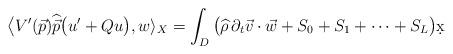
LaTeX: \begin{align*}\big\langle V'(\vec p)\widehat{\vec p}\big(u' +Qu\big),w\rangle_X =\int_D\big(\widehat{\rho}\, \partial_t\vec v \cdot {\vec w} +S_0+S_1+\cdots + S_L\big)\d x\end{align*}